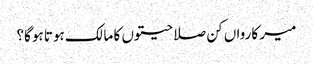
میر کارواں کن صلاحیتوں کا مالک ہوتا ہوگا؟